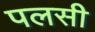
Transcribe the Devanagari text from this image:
पलसी